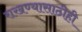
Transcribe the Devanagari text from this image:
राखण्यासाठीही